Indian Medical Review
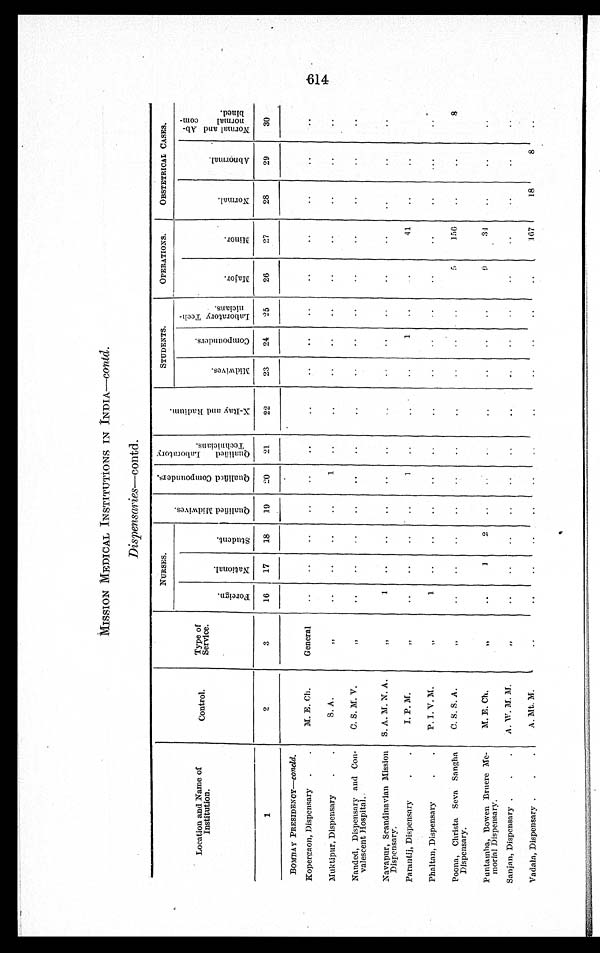
MISSION MEDICAL INSTITUTIONS IN INDIA—contd.
Dispensaries—contd.
Location and Name of
Institution.
Control.
Type of
Service.
NURSES.
Q u a l i f i e d M i d w i v e s .
Q u a l i f i e d C o m p o u n d e r s .
Q u a l i f i e d L a b o r a t o r y T e c h n i c i a n s .
X - R a y a n d R a d i u m .
STUDENTS.
OPERATIONS.
OBSTETRICAL CASES.
F o r e i g n .
N a t i o n a l .
S t u d e n t .
M i d w i v e s .
C o m p o u n d e r s .
L a b o r a t o r y T e c h -
ni c i a ns .
M a j o r .
M i n o r .
N o r m a l .
A b n o r m a l .
N o r m a l a n d A b -
nor ma l c om-
bined.
1
2
3
16
17
18
19
20
21
22
23
24
25
26
27
28
29
30
BOMBAY PRESIDENCY—concld.
Kopergaon, Dispensary
M. E. Ch.
General
Muktipur, Dispensary
S. A.
„
1
Nanded, Dispensary and Con-
valescent Hospital.
C. S. M. V.
„
Navapur, Scandinavian Mission
Dispensary.
S. A. M. N. A.
„
1
Parantij, Dispensary
I. P. M.
„
1
1
41
Phaltan, Dispensary
P. I. V. M.
„
1
Poona, Christa Seva Sangha
Dispensary.
C. S. S. A.
„
5
156
8
Puntamba, Bowen Bruere Me-
morial Dispensary.
M. E. Ch.
„
1 2
9
3 4
Sanjan, Dispensary
A. W. M. M.
„
Vadala, Dispensary
A. Mt. M.
„
167
18
8